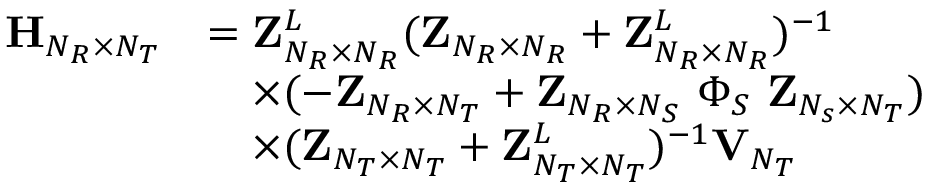
\begin{array} { r l } { { \bf { H } } _ { N _ { R } \times N _ { T } } } & { = { \bf { Z } } _ { N _ { R } \times N _ { R } } ^ { L } ( { \bf { Z } } _ { N _ { R } \times N _ { R } } + { \bf { Z } } _ { N _ { R } \times N _ { R } } ^ { L } ) ^ { - 1 } } \\ & { \quad \times ( - { \bf { Z } } _ { N _ { R } \times N _ { T } } + { \bf { Z } } _ { N _ { R } \times N _ { S } } \, \, \Phi _ { S } \, \, { \bf { Z } } _ { N _ { s } \times N _ { T } } ) } \\ & { \quad \times ( { \bf { Z } } _ { N _ { T } \times N _ { T } } + { \bf { Z } } _ { N _ { T } \times N _ { T } } ^ { L } ) ^ { - 1 } { \bf { V } } _ { N _ { T } } } \end{array}